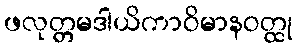
ဖလုတ္တမဒါယိကာဝိမာနဝတ္ထု